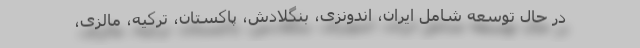
در حال توسعه شامل ایران، اندونزی، بنگلادش، پاکستان، ترکیه، مالزی،